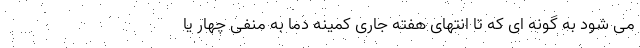
می شود به گونه ای که تا انتهای هفته جاری کمینه دما به منفی چهار یا